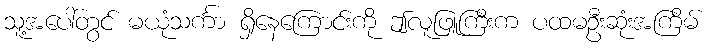
သူ့အပေါ်တွင် မယုံသင်္ကာ ရှိနေကြောင်းကို ဤလူဖြူကြီးက ပထမဦးဆုံးအကြိမ်